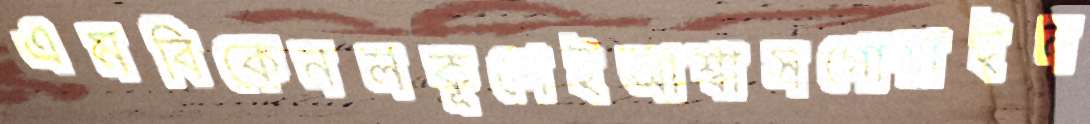
এমবিকেনলকূপেইআশ্বাসগোয়াইন